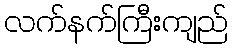
လက်နက်ကြီးကျည်